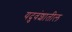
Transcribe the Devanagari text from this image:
यदुवंशातील